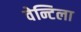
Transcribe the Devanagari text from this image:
वेन्टिला